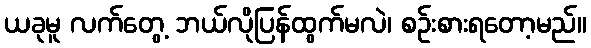
ယခုမူ လက်တွေ့ ဘယ်လိုပြန်ထွက်မလဲ၊ စဉ်းစားရတော့မည်။